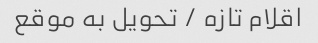
اقلام تازه / تحویل به موقع